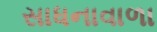
સાધનાવાળા